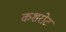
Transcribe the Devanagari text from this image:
कशरोट